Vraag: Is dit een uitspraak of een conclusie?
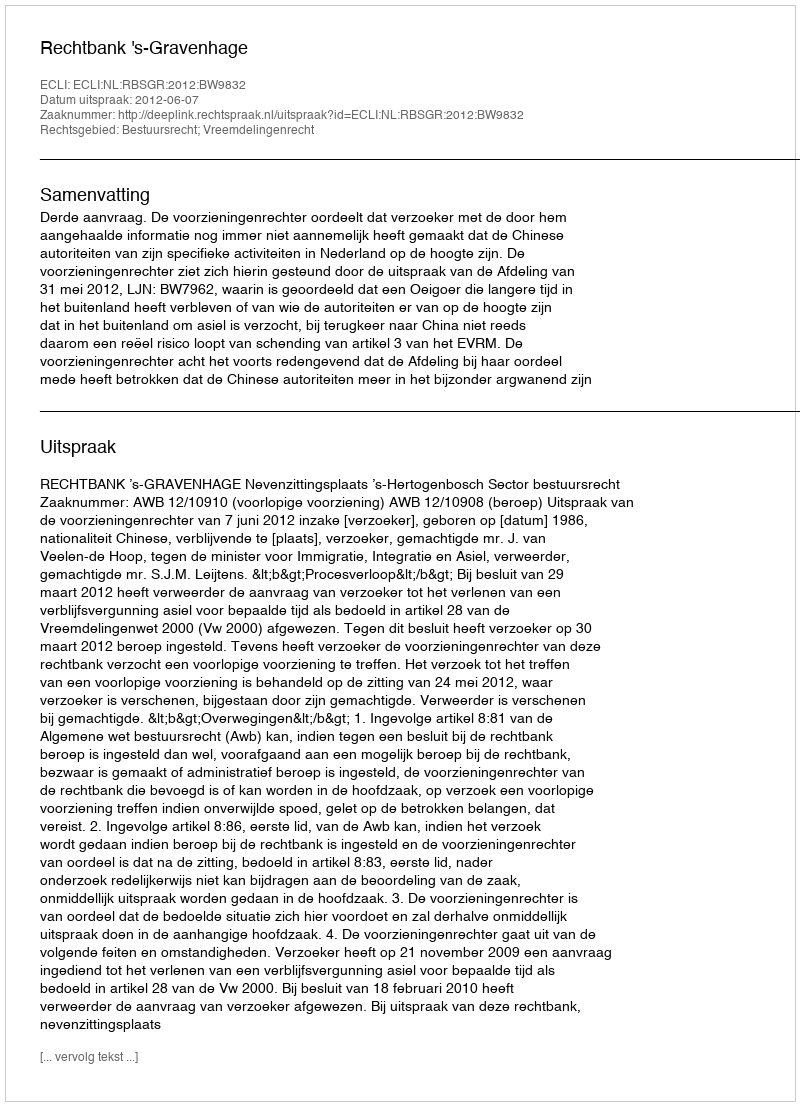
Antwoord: Uitspraak